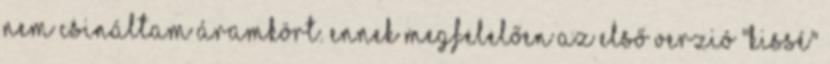
nem csináltam áramkört. Ennek megfelelően az első verzió "kissé"